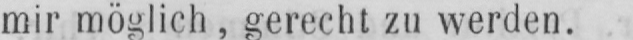
mir möglich, gerecht zu werden.